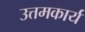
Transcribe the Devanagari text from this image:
उत्तमकार्य